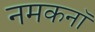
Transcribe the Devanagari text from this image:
नमकनॉ